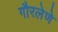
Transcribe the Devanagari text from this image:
गौरलेणे